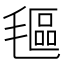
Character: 𬇅